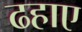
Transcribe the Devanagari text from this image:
ढहाए